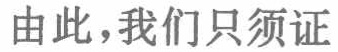
由此，我们只须证